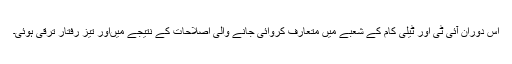
اس دوران آئی ٹی اور ٹیلی کام کے شعبے میں متعارف کروائی جانے والی اصلاحات کے نتیجے میںاور تیز رفتار ترقی ہوئی۔